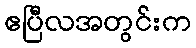
ဧပြီလအတွင်းက